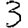
Digit: 3